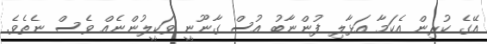
އޭގެ ކުރިން އެކަމާ އަޅާލި ފުންނާބު އުސް ގާނޫނީ ވަކީލުންނެއް ވެސް ނެތެވެ.